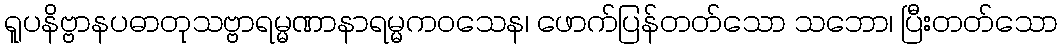
ရူပနိဗ္ဗာနပဓာတုသဗ္ဗာရမ္မဏာနာရမ္မကဝသေန၊ ဖောက်ပြန်တတ်သော သဘော၊ ပြီးတတ်သော